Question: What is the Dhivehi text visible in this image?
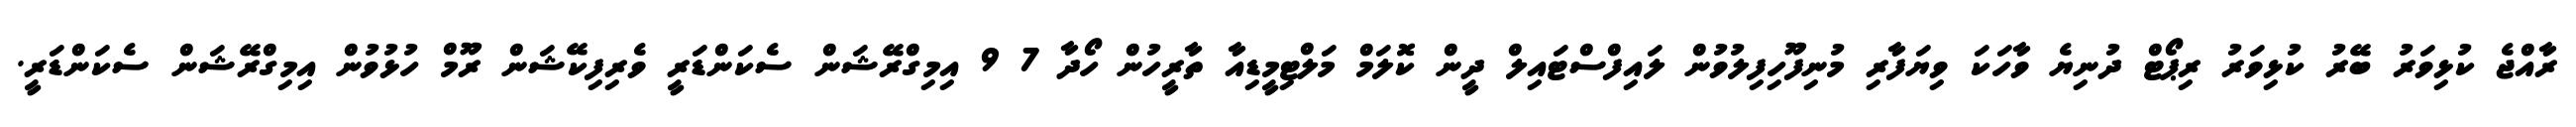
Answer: ރާއްޖެ ކުޅިވަރު ބޭރު ކުޅިވަރު ރިޕޯޓް ދުނިޔެ ވާހަކަ ވިޔަފާރި މުނިފޫހިފިލުވުން ލައިފްސްޓައިލް ދީން ކޮލަމް މަލްޓިމީޑިއާ ތާރީހުން ހޯދާ 7 9 އިމިގްރޭޝަން ސެކަންޑަރީ ވެރިފިކޭޝަން ރޫމް ހުޅުވުން އިމިގްރޭޝަން ސެކަންޑަރީ.